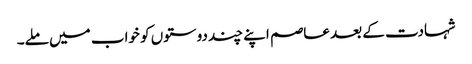
شہادت کے بعد عاصم اپنے چند دوستوں کو خواب میں ملے۔